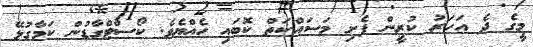
މީގެ ދެ އަހަރު ކުރީން ފެށި މަސައްކަތް ކޮބައި ހެއްޔެވެ. ކޯސްޓްގާޑުން ކަމާގުޅޭ